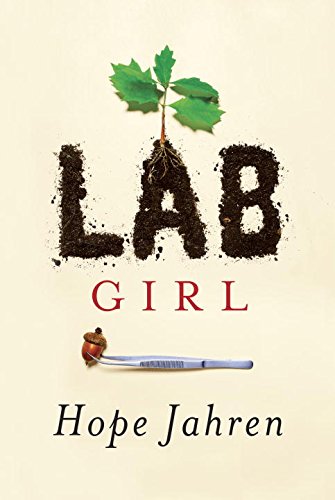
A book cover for Lab Girl; Hope Jahren; Health, Fitness & Dieting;